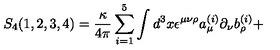
S _ { 4 } ( 1 , 2 , 3 , 4 ) = { \frac { \kappa } { 4 \pi } } \sum _ { i = 1 } ^ { 5 } \int d ^ { 3 } x \epsilon ^ { \mu \nu \rho } a _ { \mu } ^ { ( i ) } \partial _ { \nu } b _ { \rho } ^ { ( i ) } +